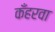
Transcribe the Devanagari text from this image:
कँहरवा